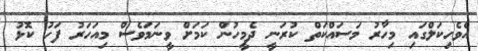
އެވެހިކަލްގައި މިހާރު މަސައްކަތް ކުރަނީ ދެމީހުން ކަމަށް ވީނަމަވެސް މިއަހަރު ފަހު ކޮޅު